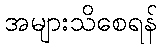
အများသိစေရန်